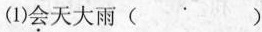
(1)\underset{·}{会}天大雨( )